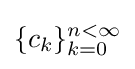
\{c_{k}\}_{k=0}^{n<\infty }